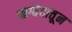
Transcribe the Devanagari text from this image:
ऋग्वेदातून